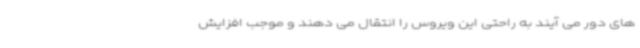
های دور می آیند به راحتی این ویروس را انتقال می دهند و موجب افزایش